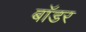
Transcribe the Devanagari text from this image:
बाॅडर